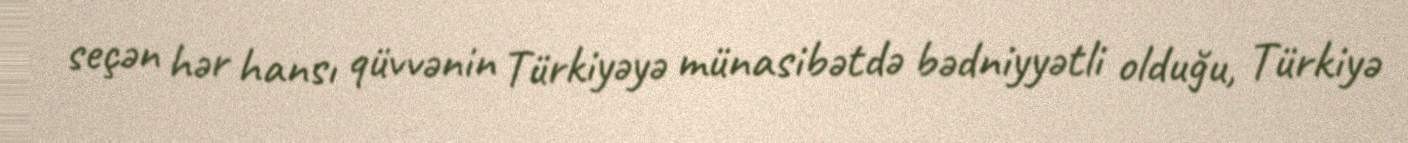
seçən hər hansı qüvvənin Türkiyəyə münasibətdə bədniyyətli olduğu, Türkiyə